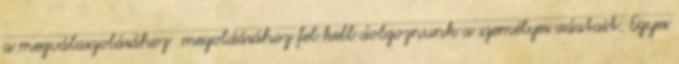
a megválaszolásához megoldásához fel kell dolgoznunk a személyes adatait. Egyes